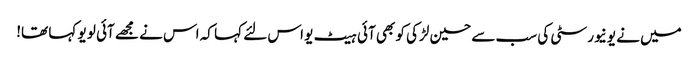
میں نے یونیورسٹی کی سب سے حسین لڑکی کو بھی آئی ہیٹ یو اس لئے کہا کہ اس نے مجھے آئی لو یو کہا تھا!